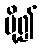
ပို့၍